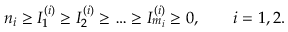
n _ { i } \ge I _ { 1 } ^ { ( i ) } \ge I _ { 2 } ^ { ( i ) } \ge \dots \ge I _ { m _ { i } } ^ { ( i ) } \ge 0 , \qquad i = 1 , 2 .